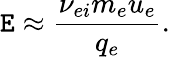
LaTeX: \mathtt{E}\approx\frac{{\nu_{ei}m_{e}u_{e}}}{{q_{e}}}.